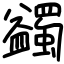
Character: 蠲